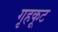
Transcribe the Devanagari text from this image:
गृहकूट